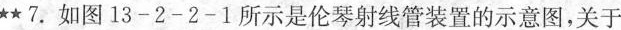
★★7.如图13-2-2-1所示是伦琴射线管装置的示意图，关于